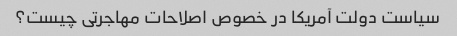
سیاست دولت آمریکا در خصوص اصلاحات مهاجرتی چیست؟